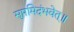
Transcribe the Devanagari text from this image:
सुप्तमिदंभवेत्॥